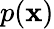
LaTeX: p(\mathbf{x})